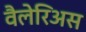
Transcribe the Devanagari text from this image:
वैलेरिअस